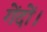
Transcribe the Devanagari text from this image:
गेंदों।